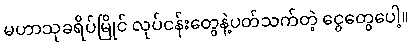
မဟာသုခရိပ်မြိုင် လုပ်ငန်းတွေနဲ့ပတ်သက်တဲ့ ငွေတွေပေါ့။